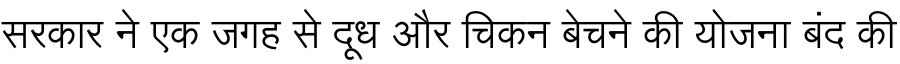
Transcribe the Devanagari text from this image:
सरकार ने एक जगह से दूध और चिकन बेचने की योजना बंद की